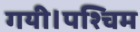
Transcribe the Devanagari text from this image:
गयी।पश्चिम